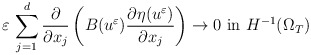
\begin{align*} \varepsilon\,\displaystyle\sum_{j=1}^{d}\frac{\partial }{\partial x_{j}}\left(B(u^{\varepsilon})\frac{\partial \eta(u^{\varepsilon})}{\partial x_{j}}\right)\to 0\,\,\mbox{in}\,\,H^{-1}(\Omega_{T})\end{align*}